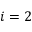
i = 2